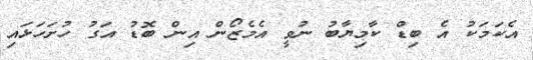
އެކަމަކު އެ ބިޑް ކާމިޔާބު ނުވީ އެމެޒޯން އިިން ބޮޑު އަގު ހުށަހަޅައި